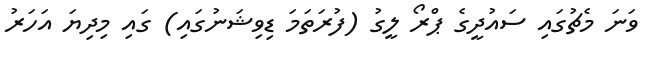
ވަނަ މެޗުގައި ސައުދީގެ ޕްރޯ ލީގު (ފުރަތަމަ ޑިވިޝަނުގައި) ގައި މިދިޔަ އަހަރު